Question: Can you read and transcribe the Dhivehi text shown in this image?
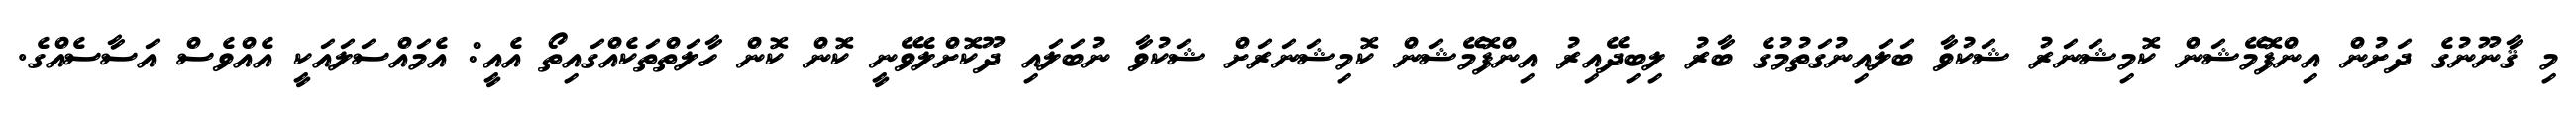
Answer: މި ޤާނޫނުގެ ދަށުން އިންފޮމޭޝަން ކޮމިޝަނަރު ޝަކުވާ ބަލައިނުގަތުމުގެ ބާރު ލިބިދޭއިރު އިންފޮމޭޝަން ކޮމިޝަނަރަށް ޝަކުވާ ނުބަލައި ދޫކޮށްލެވޭނީ ކޮން ކޮން ހާލަތްތަކެއްގައިތޯ އެއީ: އެމައްސަލައަކީ އެއްވެސް އަސާސެއްގެ.